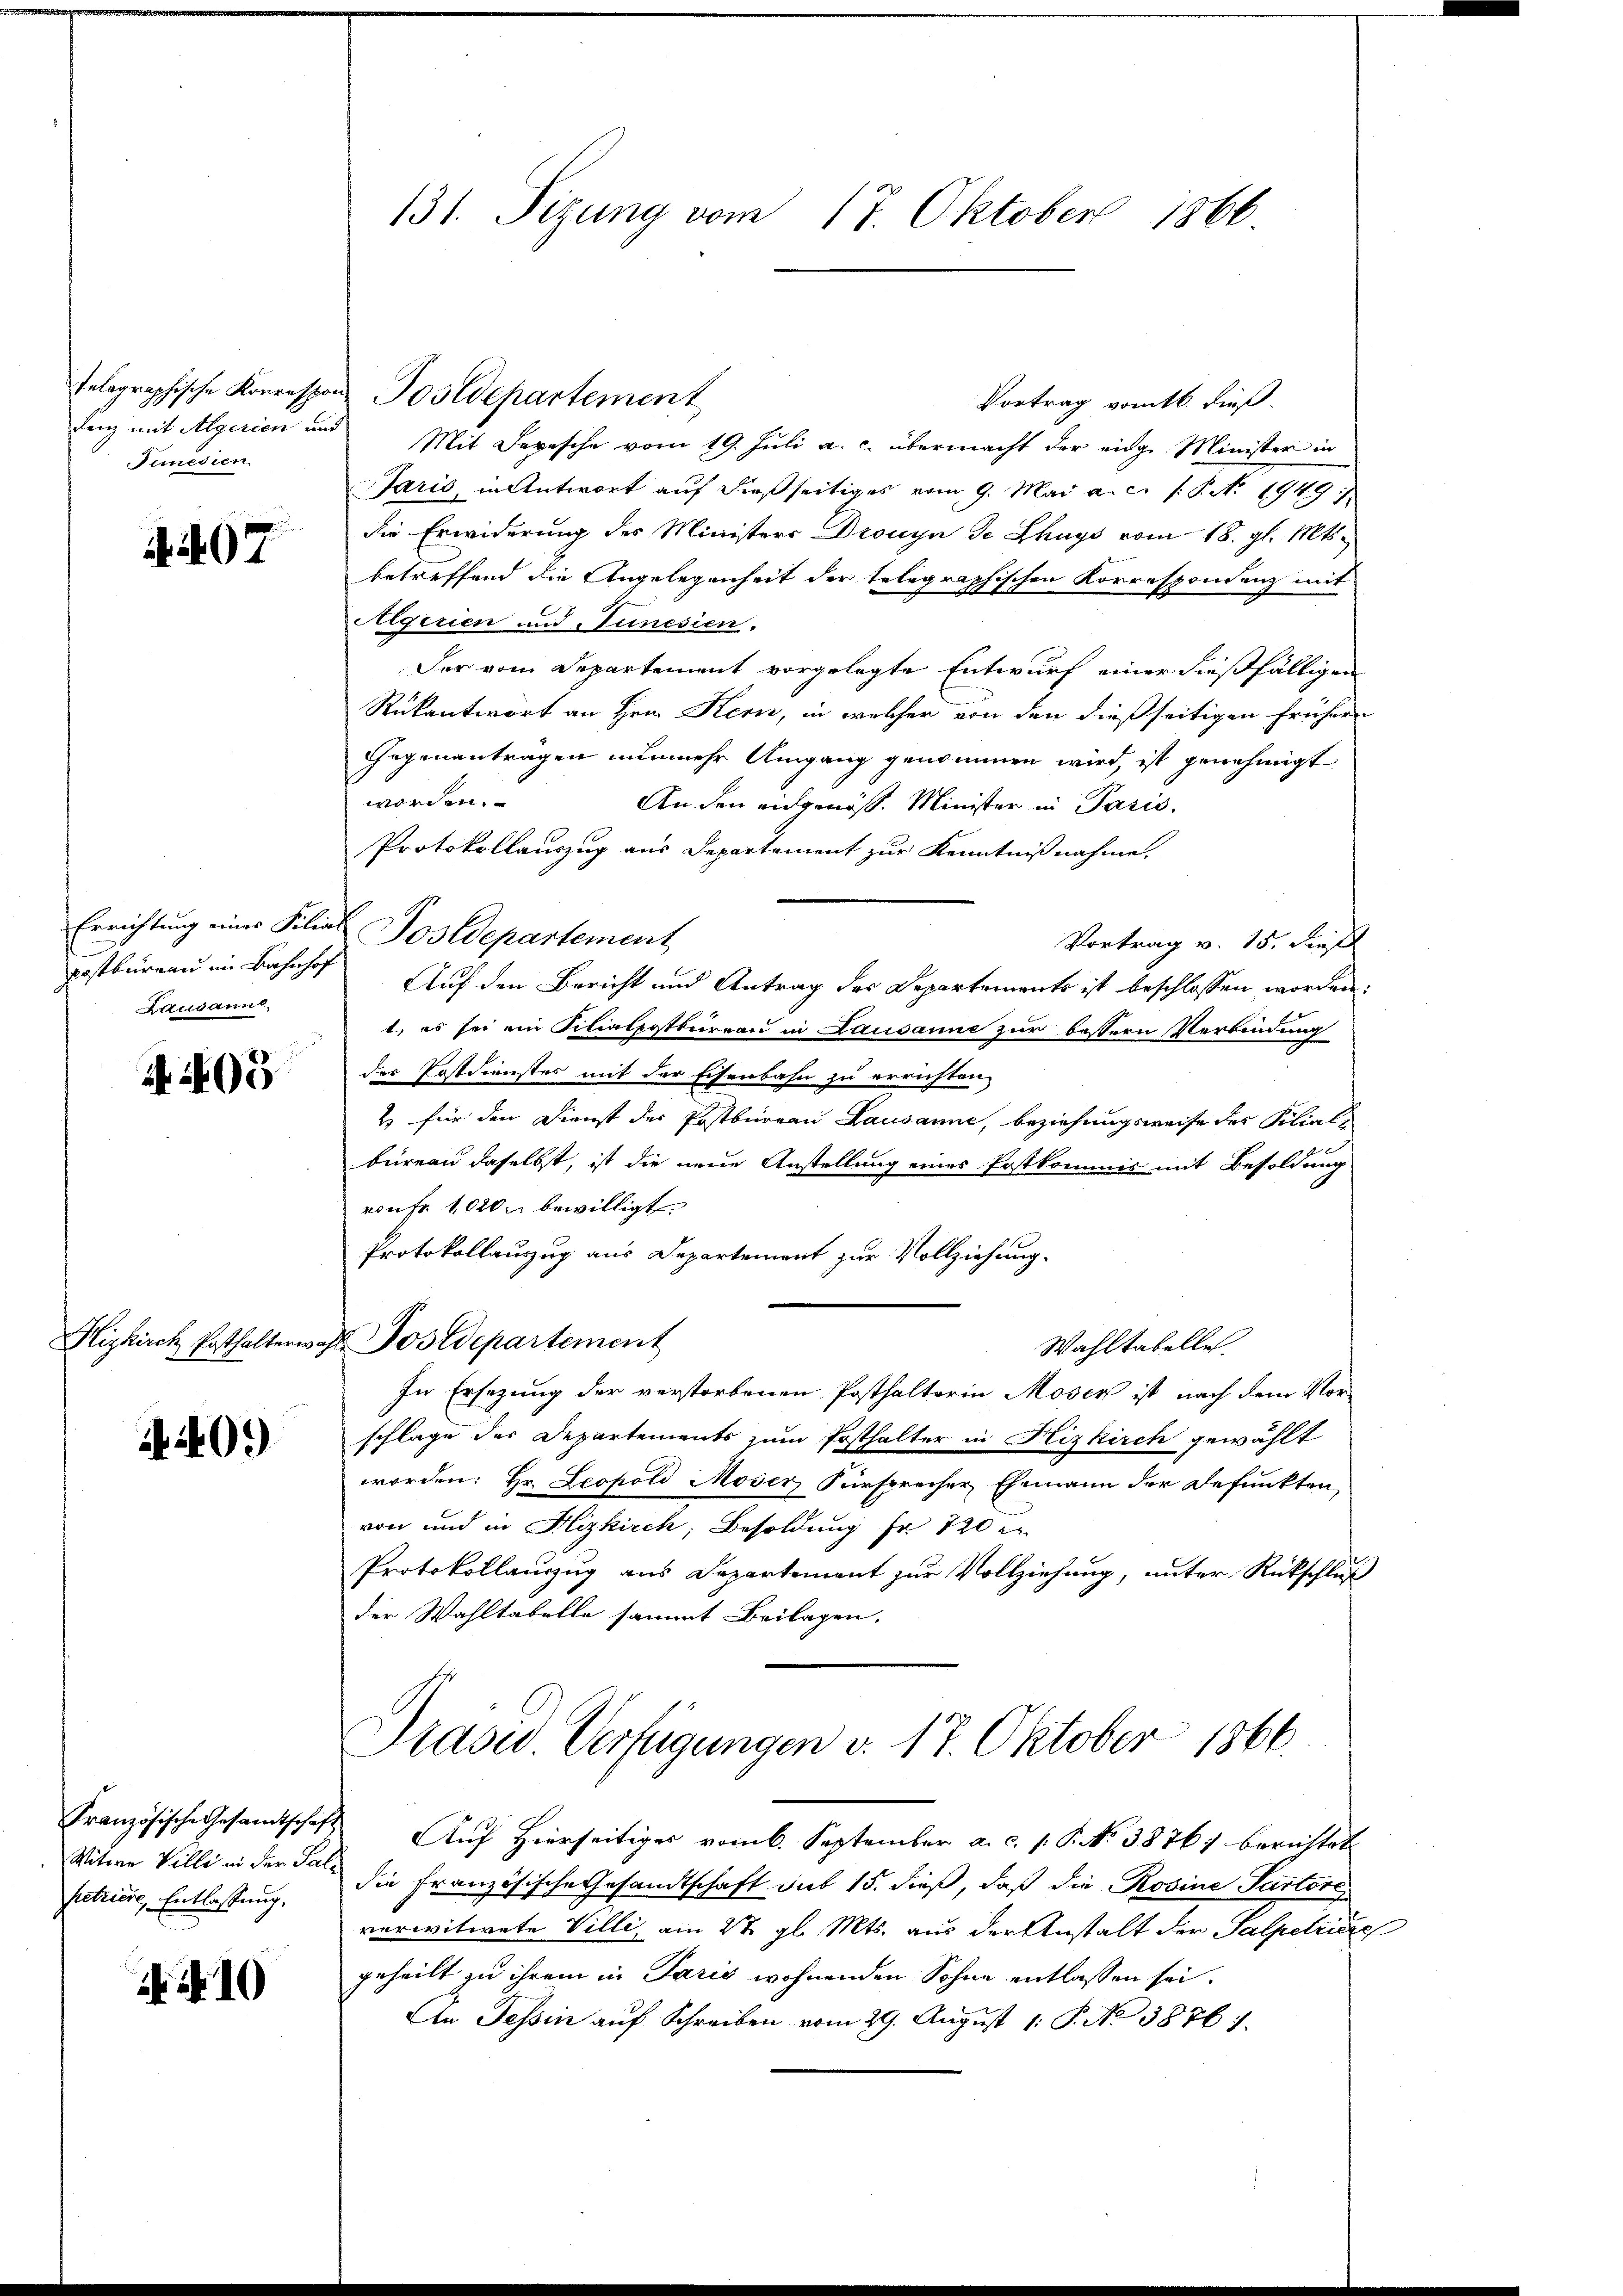
telographische Korrespon
denz mit Algerien um
Semedien

207

Errichtung eines Filia
postbureau im Bahnhof
Lausannt,

A 15

Hizkirch Posthalterwa

40.)

Witwe Villi in der Salpetriere, Entlassung.

N. 10

131. Sizung vom 17. Oktober 1866

Vortrag vom 16. dieß.
Mit Depesche vom 19. Juli a. c. übermacht der eige Minister in
Paris, in Antwort auf dießseitiges vom 9. Mai a.c. s. P. Nr. 1949
die Erwiderung des Ministers Drouyn de Chags vom 18. gl. Mts.
betreffend die Angelegenheit der telegraphischen Korrespondenz mit
Algerien und Tunesien.
Der vom Departement vorgelegte Entwurf einer dießfälligen
Rükantwort an Hrn. Kern, in welcher von den dießseitigen frühern
Gegenanträgen nunmehr Umgang genommen wird, ist genehmigt
worden.
An den eidgenöss. Minister in Paris,
Protokollauszug aus Departement zur Kenntnißnahme.
Postdepartement
Vortrag v. 15. Dief
Auf den Bericht und Antrag des Departements ist beschlossen worden:
1., es sei ein Filialpostbureau in Lausanne zur bessern Verbindung
der Postdienstes mit der Eisenbahn zu errichten
2) für den Dienst der Postbureau Lausanne, beziehungsweise des Filialbüreau daselbst, ist die neue Anstellung eines Postkommis mit Besoldung
von fr. 1020 bewilligt
Protokollauszug aus Departement zur Vollziehung.
u Postdepartement
Wahltabelle.
In Ersezung der verstorbenen Posthaltorin Moser ist nach dem Vor-
schlage der Departements zum Posthalter in Nizkirch gewählt
worden: Hr. Leopold Moser Fürsprecher Ehemann der Defunkten
von und in Hizkirch, Besoldung fr. 720 e
Protokollauszug aus Departement zur Vollziehung, unter Rückschluß
der Wahltabelle sammt Beilagen.
Prasw. Verfügungen d. 17. Oktober 1866.

Postdepartement

Französische Gesamtschaft Auf Hierseitiges vom 6. September a. c. s. S. No 38767 berichtet
die Französische Gesandtschaft sub 15. dieß, daß die Rosine Pactore
verwitwete Villi, am 22 gl. Mts. aus der Anstalt der Salpetriere
geheilt zu ihrem in Paris wohnenden Sohne entlassen sei.
An Tessin auf Schreiben vom 29. August 1. P. No 38761.